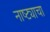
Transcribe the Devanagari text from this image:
नाष्ट्याचा